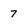
Character: 7